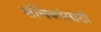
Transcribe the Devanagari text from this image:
संचिकांसाठी